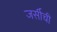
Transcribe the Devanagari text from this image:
जर्सीची